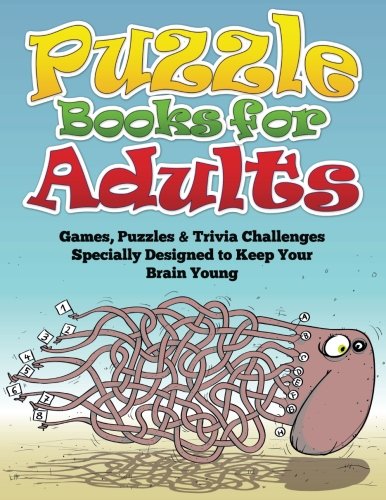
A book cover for Puzzle Books for Adults: Games, Puzzles & Trivia Challenges Specially Designed to Keep Your Brain Young; Speedy Publishing LLC; Humor & Entertainment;